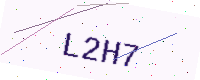
Text: L2H7